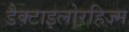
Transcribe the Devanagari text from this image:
डैक्टाइलोरहिज्म